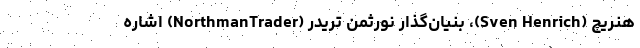
هنریچ (Sven Henrich)، بنیان‌گذار نورثمن تریدر (NorthmanTrader) اشاره